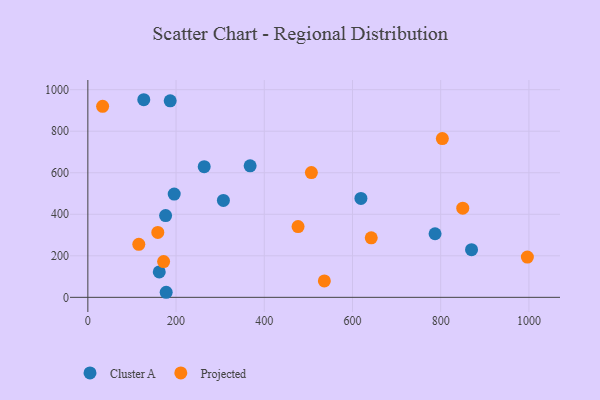
{"axis": {"x": "Price", "y": "Rating"}, "legend": ["Cluster A", "Projected"], "data": [{"x": "195.8", "y": 497.5, "type": "Cluster A"}, {"x": "787.2", "y": 306.3, "type": "Cluster A"}, {"x": "619.1", "y": 476.6, "type": "Cluster A"}, {"x": "176.3", "y": 393.9, "type": "Cluster A"}, {"x": "263.8", "y": 629.3, "type": "Cluster A"}, {"x": "126.8", "y": 951.7, "type": "Cluster A"}, {"x": "869.9", "y": 229.7, "type": "Cluster A"}, {"x": "307.3", "y": 466.6, "type": "Cluster A"}, {"x": "186.7", "y": 946.2, "type": "Cluster A"}, {"x": "367.9", "y": 633.2, "type": "Cluster A"}, {"x": "161.9", "y": 122.2, "type": "Cluster A"}, {"x": "177.6", "y": 24.4, "type": "Cluster A"}, {"x": "115.5", "y": 255.2, "type": "Projected"}, {"x": "158.6", "y": 312.5, "type": "Projected"}, {"x": "850.0", "y": 429.2, "type": "Projected"}, {"x": "506.8", "y": 601.0, "type": "Projected"}, {"x": "536.2", "y": 79.3, "type": "Projected"}, {"x": "33.5", "y": 919.9, "type": "Projected"}, {"x": "642.5", "y": 286.6, "type": "Projected"}, {"x": "996.5", "y": 194.0, "type": "Projected"}, {"x": "476.6", "y": 340.7, "type": "Projected"}, {"x": "803.7", "y": 764.4, "type": "Projected"}, {"x": "171.8", "y": 172.3, "type": "Projected"}]}